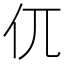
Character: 㐳